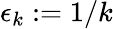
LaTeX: \epsilon_{k}:={1}/{k}